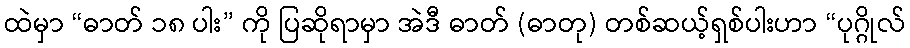
ထဲမှာ “ဓာတ် ၁၈ ပါး” ကို ပြဆိုရာမှာ အဲဒီ ဓာတ် (ဓာတု) တစ်ဆယ့်ရှစ်ပါးဟာ “ပုဂ္ဂိုလ်